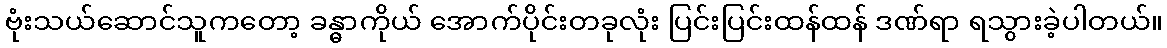
ဗုံးသယ်ဆောင်သူကတော့ ခန္ဓာကိုယ် အောက်ပိုင်းတခုလုံး ပြင်းပြင်းထန်ထန် ဒဏ်ရာ ရသွားခဲ့ပါတယ်။